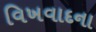
વિખવાદના